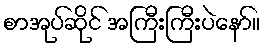
စာအုပ်ဆိုင် အကြီးကြီးပဲနော်။